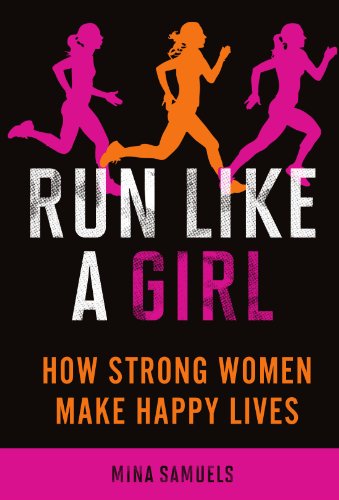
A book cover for Run Like a Girl: How Strong Women Make Happy Lives; Mina Samuels; Sports & Outdoors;